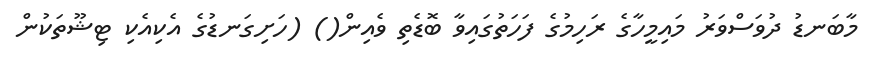
މާބަނޑު ދުވަސްވަރު މައިމީހާގެ ރަހިމުގެ ފަހަތުގައިވާ ބޮޑެތި ވެއިން() (ހަށިގަނޑުގެ އެކިއެކި ޓިޝޫތަކުން